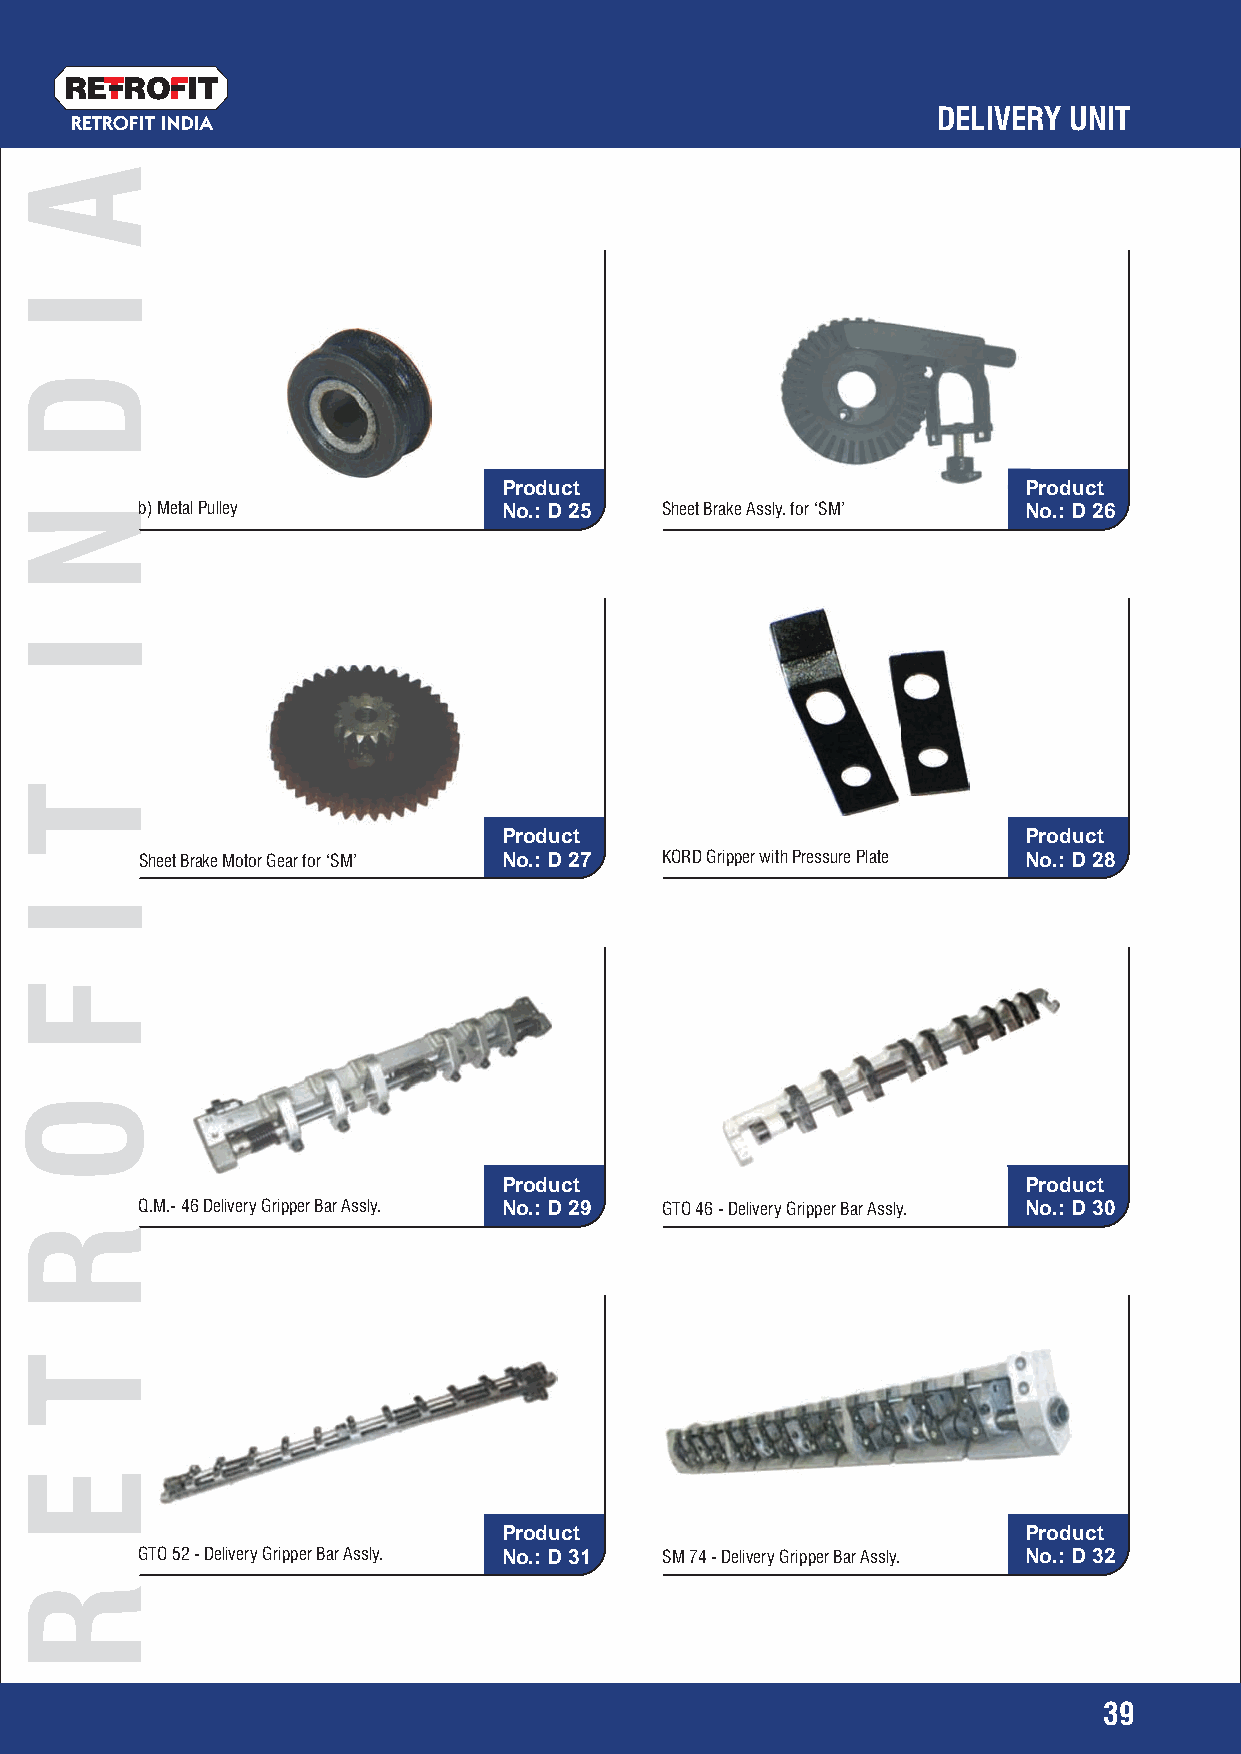
RETRO   IT
 DELIVERY UNIT
 RETROFIT INDIA
 Product                            PPrroodduucctt
 b) Metal Pulley         No.: D 25  Sheet Brake Assly. for ‘SM’ No.: D 26
 Product                            Product
 Sheet Brake Motor Gear for ‘SM’ No.: D 27 KORD Gripper with Pressure Plate No.: D 28
 Product                            Product
 Q.M.- 46 Delivery Gripper Bar Assly. No.: D 29 GTO 46 - Delivery Gripper Bar Assly. No.: D 30
 Product                            Product
 GTO 52 - Delivery Gripper Bar Assly. No.: D 31 SM 74 - Delivery Gripper Bar Assly. No.: D 32
 39
 A
 I
 D
 N
 I
 T
 I
 F
 O
 R
 T
 E
 R